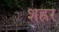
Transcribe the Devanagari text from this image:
शह्रर